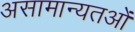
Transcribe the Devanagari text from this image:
असामान्यतओं